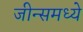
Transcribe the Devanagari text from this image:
जीन्समध्ये